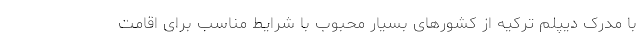
با مدرک دیپلم ترکیه از کشورهای بسیار محبوب با شرایط مناسب برای اقامت